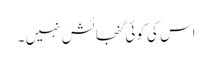
اس کی کوئی گنجائش نہیں ۔